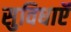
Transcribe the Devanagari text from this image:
सुविधाऍं